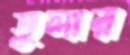
তুলার